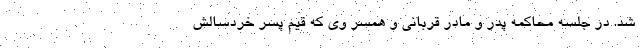
شد. در جلسه محاکمه پدر و مادر قربانی و همسر وی که قیم پسر خردسالش